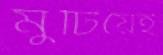
মুটিয়েই